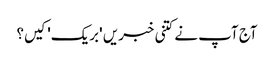
آج آپ نے کتنی خبریں 'بریک' کیں؟